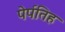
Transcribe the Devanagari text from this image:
पेर्पतिह